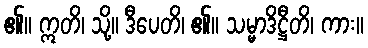
၏။ ဣတိ၊ သို့။ ဒီပေတိ၊ ၏။ သမ္မာဒိဋ္ဌီတိ၊ ကား။